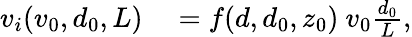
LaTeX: \begin{array}{rl}{v_{i}(v_{0},d_{0},L)}&{{}=f(d,d_{0},z_{0})\ v_{0}\frac{d_{0}}{L},}\end{array}